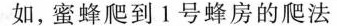
如，蜜蜂爬到1号蜂房的爬法